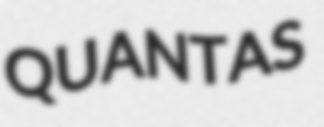
QUANTAS